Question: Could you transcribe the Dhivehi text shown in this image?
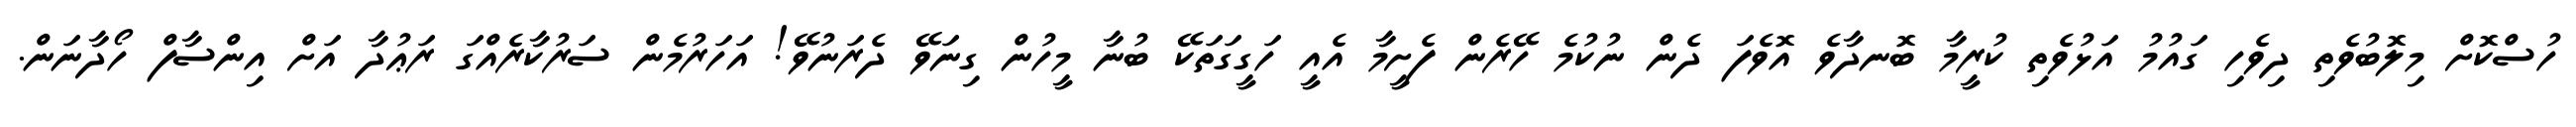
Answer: ހުސްކޮށް މިލޮބުވެތި ދިވެހި ގައުމު އަޅުވެތި ކުރީމާ ބޮނދާވެ އޮވެފަ ދެން ނުކުމެ ހޭރެން ފެށީމާ އެއީ ހަގީގަތަކޭ ބުނާ މީހުން ގިނަވޭ ދެރަނުވޭ! އަހަރުމެން ސަރުކާރެއްގަ ރަޢުދާ އަށް އިންސާފް ހޯދާނަން.